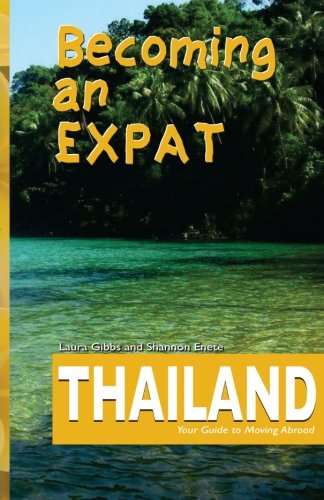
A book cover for Becoming an Expat Thailand: your guide to moving abroad (Volume 3); Laura Gibbs; Travel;